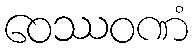
ဝေဿဝဏံ